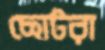
ছোটরা